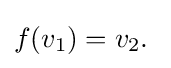
f(v_{1})=v_{2}.\